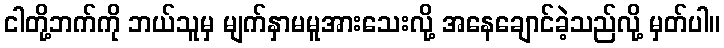
ငါတို့ဘက်ကို ဘယ်သူမှ မျက်နှာမမူအားသေးလို့ အနေချောင်ခဲ့သည်လို့ မှတ်ပါ။